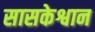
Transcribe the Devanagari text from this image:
सासकेश्वान